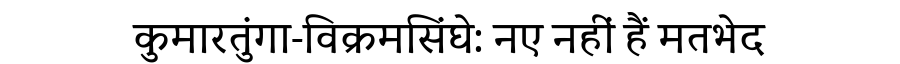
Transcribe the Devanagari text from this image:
कुमारतुंगा-विक्रमसिंघे: नए नहीं हैं मतभेद